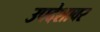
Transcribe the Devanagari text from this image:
उपदेशावर